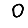
Digit: 0